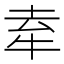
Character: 𤙏